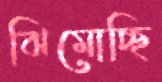
ঝিমোচ্ছি